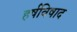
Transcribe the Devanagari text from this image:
हर्षविषाद